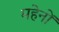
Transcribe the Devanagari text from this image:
महेनों